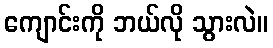
ကျောင်းကို ဘယ်လို သွားလဲ။